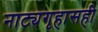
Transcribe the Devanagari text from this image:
नाट्यगृहासही